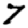
Digit: 7